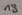
Text: 18